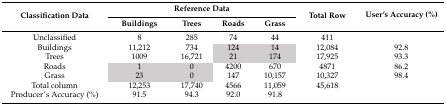
<table><thead><tr><td rowspan="2"><b>Classification Data</b></td><td colspan="4"><b>Reference Data</b></td><td rowspan="2"><b>Total Row</b></td><td rowspan="2"><b>User’s Accuracy (%)</b></td></tr><tr><td><b>Buildings</b></td><td><b>Trees</b></td><td><b>Roads</b></td><td><b>Grass</b></td></tr></thead><tbody><tr><td>Unclassified</td><td>8</td><td>285</td><td>74</td><td>44</td><td>411</td><td></td></tr><tr><td>Buildings</td><td>11,212</td><td>734</td><td>124</td><td>14</td><td>12,084</td><td>92.8</td></tr><tr><td>Trees</td><td>1009</td><td>16,721</td><td>21</td><td>174</td><td>17,925</td><td>93.3</td></tr><tr><td>Roads</td><td>1</td><td>0</td><td>4200</td><td>670</td><td>4871</td><td>86.2</td></tr><tr><td>Grass</td><td>23</td><td>0</td><td>147</td><td>10,157</td><td>10,327</td><td>98.4</td></tr><tr><td>Total column</td><td>12,253</td><td>17,740</td><td>4566</td><td>11,059</td><td>45,618</td><td></td></tr><tr><td>Producer’s Accuracy (%)</td><td>91.5</td><td>94.3</td><td>92.0</td><td>91.8</td><td></td><td></td></tr></tbody></table>